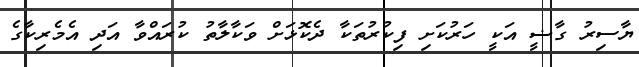
ޔާސިރު ގާޟީ އަކީީ ހަރުކަށި ފިކުރުތަކާ ދެކޮޅަށް ވަކާލާތު ކުރައްވާ އަދި އެމެރިކާގެ